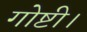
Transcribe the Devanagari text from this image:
गोष्टी।